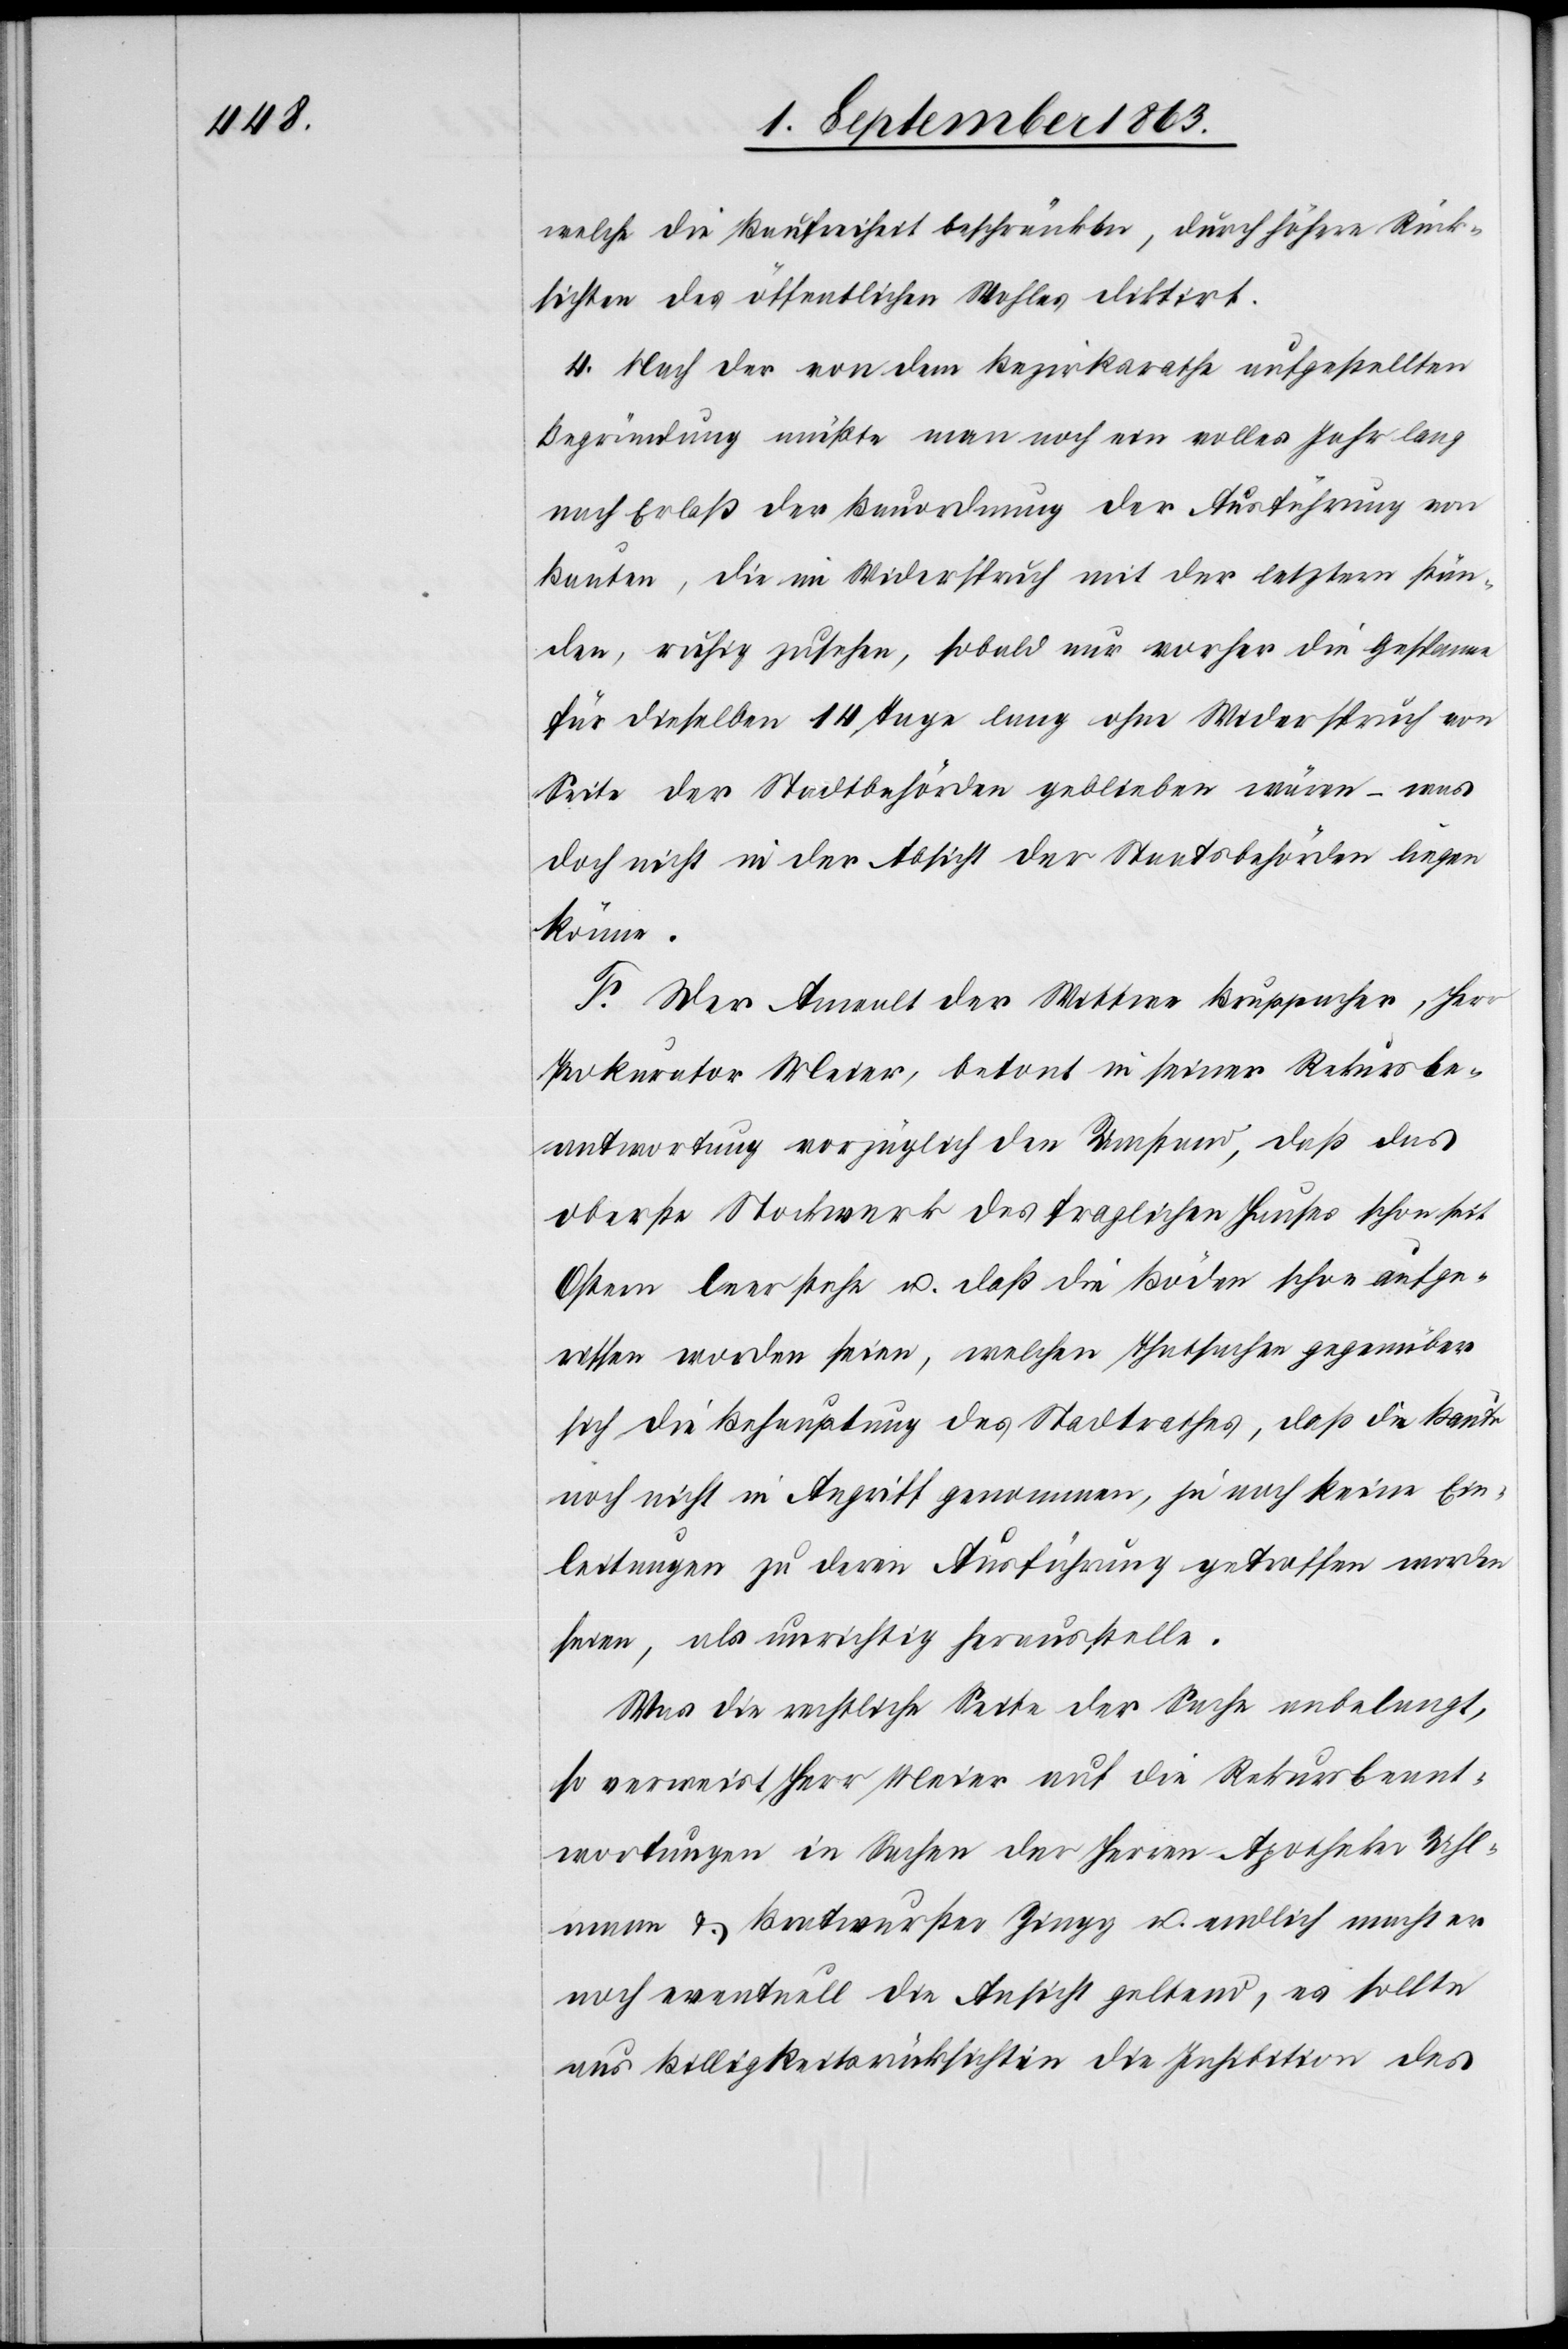
welche die Baufreiheit beschränken, durch höhere Rück¬
sichten des öffentlichen Wohles diktirt.
4. Nach der von dem Bezirksrathe aufgestellten
Begründung müßte man noch ein volles Jahr lang
nach Erlaß der Bauordnung der Ausführung von
Bauten, die im Widerspruch mit der letztern stün¬
den, ruhig zusehen, sobald nur vorher die Gespanne
für dieselben 14 Tage lang ohne Widerspruch von
Seite der Stadtbehörden geblieben wären – was
doch nicht in der Absicht der Staatsbehörden liegen
könne.
F. Der Anwalt der Wittwe Bruppacher, Herr
Prokurator Meier, betont in seiner Rekursbe¬
antwortung vorzüglich den Umstand, daß das
oberste Stockwerk des fraglichen Hauses schon seit
Ostern leer stehe u. daß die Böden schon aufge¬
rissen worden seien, welchen Thatsachen gegenüber
sich die Behauptung des Stadtrathes, daß die Baute
noch nicht in Angriff genommen, ja noch keine Ein¬
leitungen zu deren Ausführung getroffen worden
seien, als unrichtig herausstelle.
Was die rechtliche Seite der Sache anbelangt,
so verweist Herr Meier auf die Rekursbeant¬
wortungen in Sachen der Herren Apotheker Uhl¬
mann & Bratwurster Zingg u. endlich macht er
noch eventuell die Ansicht geltend, es sollte
aus Billigkeitsrücksichten die Inhibition des